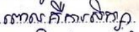
ពោលគឺការសិក្សា